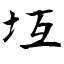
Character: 坘